Scottish Leaving Certificate Examination, 1955
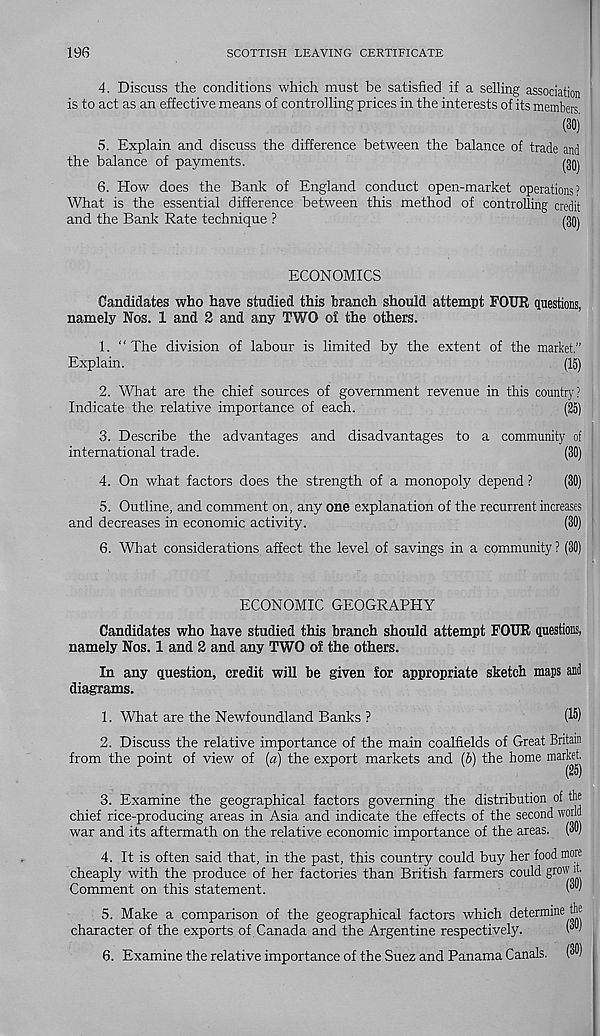
196
SCOTTISH LEAVING CERTIFICATE
4. Discuss the conditions which must be satisfied if a selling association
is to act as an effective means of controlling prices in the interests of its members
^ (30)
5. Explain and discuss the difference between the balance of trade and
the balance of payments.
(ggj
6. How does the Bank of England conduct open-market operations?
What is the essential difference between this method of controlling credit
and the Bank Rate technique ?
(30)
ECONOMICS
Candidates who have studied this branch should attempt FOUR questions,
namely Nos. 1 and 2 and any TWO of the others.
1. “The division of labour is limited by the extent of the market.”
Explain.
(15)
2. What are the chief sources of government revenue in this country?
Indicate the relative importance of each.
(25)
3. Describe the advantages and disadvantages to a community of
international trade.
(30)
4. On what factors does the strength of a monopoly depend ?
(30)
5. Outline, and comment on, any one explanation of the recurrent increases
and decreases in economic activity.
(30)
6. What considerations affect the level of savings in a community ? (30)
ECONOMIC GEOGRAPHY
Candidates who have studied this branch should attempt FOUR questions,
namely Nos. 1 and 2 and any TWO of the others.
In any question, credit will be given for appropriate sketch majs and
diagrams.
1. What are the Newfoundland Banks ?
(I'S)
2. Discuss the relative importance of the main coalfields of Great Britain
from the point of view of (a) the export markets and (b) the home mar^j
3. Examine the geographical factors governing the distribution of the
chief rice-producing areas in Asia and indicate the effects of the second world
war and its aftermath on the relative economic importance of the areas. (3D)
4. It is often said that, in the past, this country could buy her food more
cheaply with the produce of her factories than British farmers could grow
Comment on this statement.
("“'
5. Make a comparison of the geographical factors which determine the
character of the exports of Canada and the Argentine respectively.
(" u '
6. Examine the relative importance of the Suez and Panama Canals. (33)